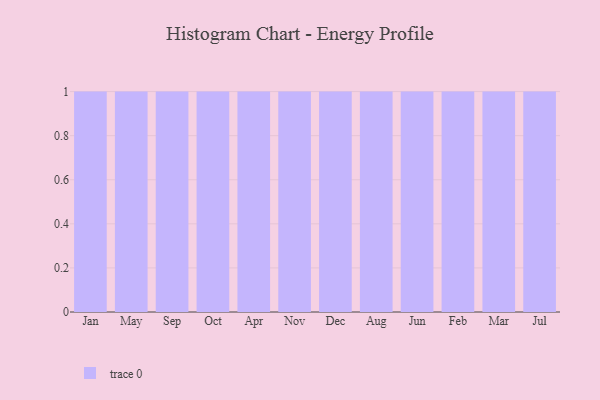
{"axis": {"x": "Month", "y": "Energy Usage (MWh)"}, "legend": [""], "data": [{"x": "Jan", "y": 89, "type": ""}, {"x": "May", "y": 12, "type": ""}, {"x": "Sep", "y": 38, "type": ""}, {"x": "Oct", "y": 47, "type": ""}, {"x": "Apr", "y": 92, "type": ""}, {"x": "Nov", "y": 54, "type": ""}, {"x": "Dec", "y": 49, "type": ""}, {"x": "Aug", "y": 6, "type": ""}, {"x": "Jun", "y": 35, "type": ""}, {"x": "Feb", "y": 70, "type": ""}, {"x": "Mar", "y": 86, "type": ""}, {"x": "Jul", "y": 32, "type": ""}]}